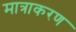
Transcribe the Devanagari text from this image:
मात्राकरण